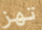
تهز